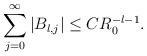
LaTeX: \begin{align*}\sum_{j=0}^\infty|B_{l,j}|\le CR_0^{-l-1}.\end{align*}